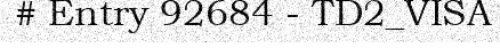
# Entry 92684 - TD2_VISA